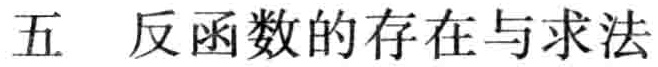
五 反函数的存在与求法